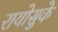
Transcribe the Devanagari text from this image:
रायोसुके